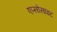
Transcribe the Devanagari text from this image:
एप्सोसाइट